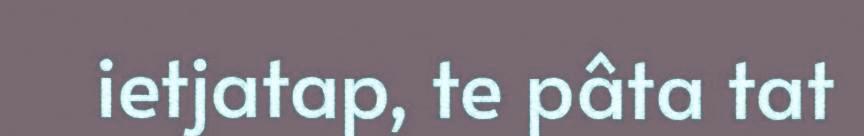
ietjatap, te pâta tat